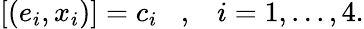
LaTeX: [(e_{i},x_{i})]=c_{i}\; \; \; ,\; \; \; i=1,...,4.